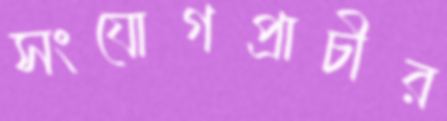
সংযোগপ্রাচীর